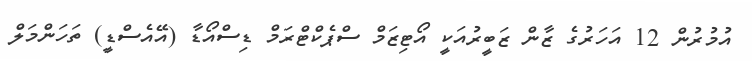
އުމުރުން 12 އަހަރުގެ ޒާން ޒަބީރުއަކީ އޯޓިޒަމް ސްޕެކްޓްރަމް ޑިސްއޯޑާ (އޭއެސްޑީ) ތަހަންމަލް